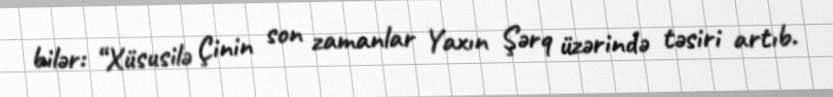
bilər: “Xüsusilə Çinin son zamanlar Yaxın Şərq üzərində təsiri artıb.